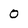
Character: O